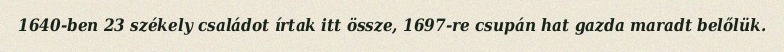
1640-ben 23 székely családot írtak itt össze, 1697-re csupán hat gazda maradt belőlük.